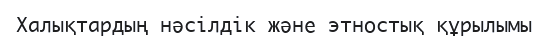
Халықтардың нәсілдік және этностық құрылымы